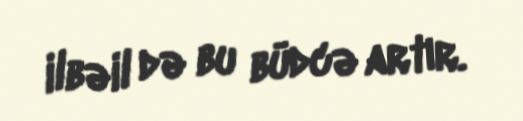
ilbəil də bu büdcə artır.